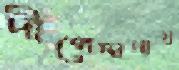
দীপেন্দ্রনাথ